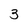
Character: 3